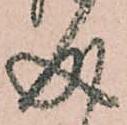
成